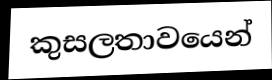
කුසලතාවයෙන්